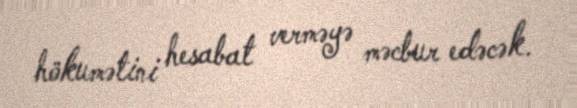
hökumətini hesabat verməyə məcbur edəcək.